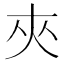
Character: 夾